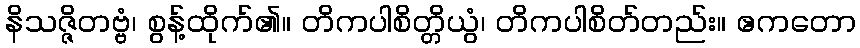
နိသဇ္ဇိတဗ္ဗံ၊ စွန့်ထိုက်၏။ တိကပါစိတ္တိယွံ၊ တိကပါစိတ်တည်း။ ဧကတော